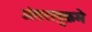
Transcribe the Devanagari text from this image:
अंतरानुक्रमे